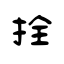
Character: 拴